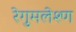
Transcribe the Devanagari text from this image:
रेगुमलेश्ण